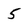
Character: 5